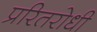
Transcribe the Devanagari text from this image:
प्ररितरोधी